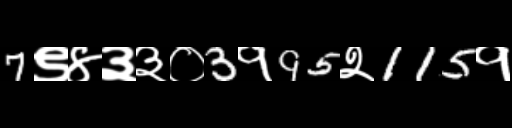
Text: 7९४३३०3१95२115१